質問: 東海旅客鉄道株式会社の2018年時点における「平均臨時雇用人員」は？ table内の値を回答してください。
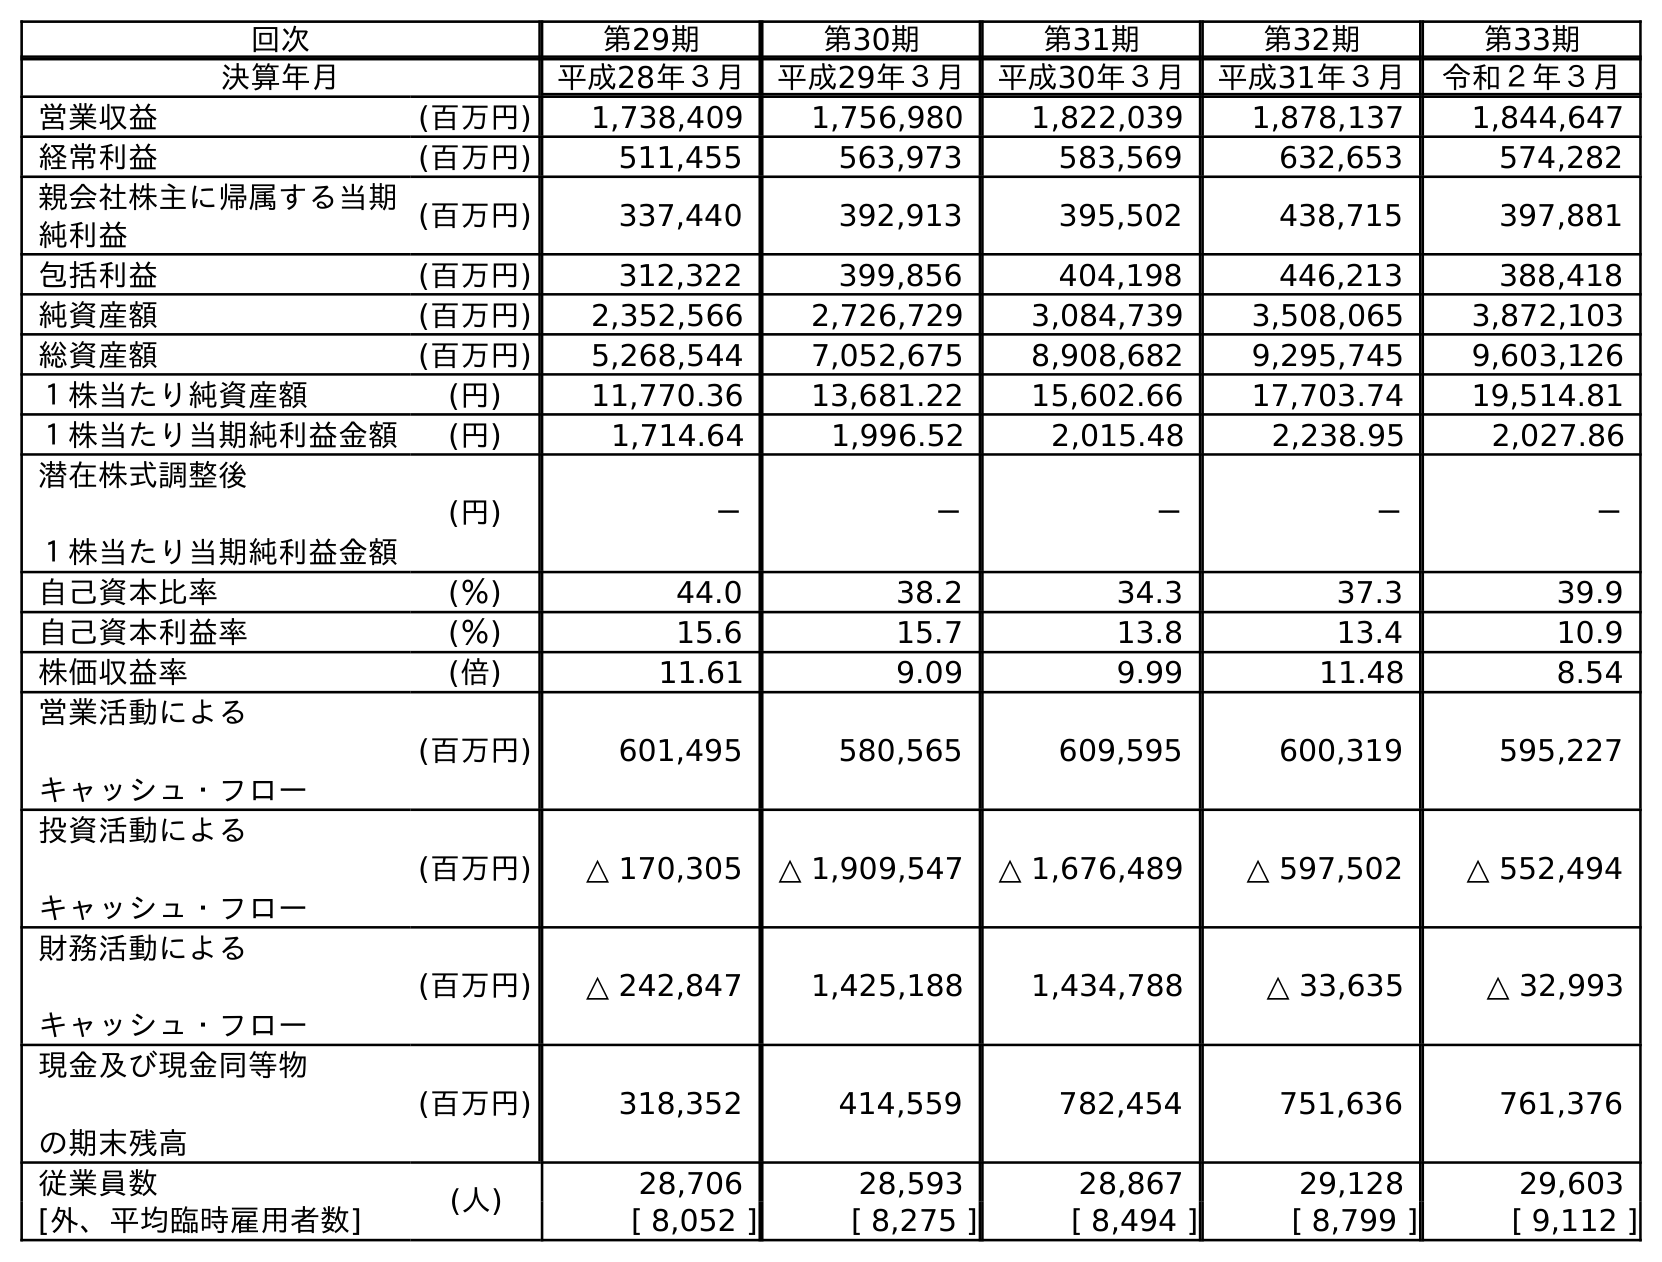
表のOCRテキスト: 回次 第29期 第30期 第31期 第32期 第33期 決算年月 平成28年３月 平成29年３月 平成30年３月 平成31年３月 令和２年３月 営業収益 (百万円) 1,738,409 1,756,980 1,822,039 1,878,137 1,844,647 経常利益 (百万円) 511,455 563,973 583,569 632,653 574,282 親会社株主に帰属する当期 純利益 (百万円) 337,440 392,913 395,502 438,715 397,881 包括利益 (百万円) 312,322 399,856 404,198 446,213 388,418 純資産額 (百万円) 2,352,566 2,726,729 3,084,739 3,508,065 3,872,103 総資産額 (百万円) 5,268,544 7,052,675 8,908,682 9,295,745 9,603,126 １株当たり純資産額 (円) 11,770.36 13,681.22 15,602.66 17,703.74 19,514.81 １株当たり当期純利益金額 (円) 1,714.64 1,996.52 2,015.48 2,238.95 2,027.86 潜在株式調整後 １株当たり当期純利益金額 (円) － － － － － 自己資本比率 (％) 44.0 38.2 34.3 37.3 39.9 自己資本利益率 (％) 15.6 15.7 13.8 13.4 10.9 株価収益率 (倍) 11.61 9.09 9.99 11.48 8.54 営業活動による キャッシュ・フロー (百万円) 601,495 580,565 609,595 600,319 595,227 投資活動による キャッシュ・フロー (百万円) △ 170,305 △ 1,909,547 △ 1,676,489 △ 597,502 △ 552,494 財務活動による キャッシュ・フロー (百万円) △ 242,847 1,425,188 1,434,788 △ 33,635 △ 32,993 現金及び現金同等物 の期末残高 (百万円) 318,352 414,559 782,454 751,636 761,376 従業員数 (人) 28,706 28,593 28,867 29,128 29,603 [外、平均臨時雇用者数] [ 8,052 ] [ 8,275 ] [ 8,494 ] [ 8,799 ] [ 9,112 ]
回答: [8,494]